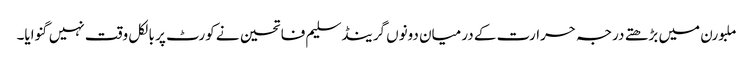
ملبورن میں بڑھتے درجہ حرارت کے درمیان دونوں گرینڈسلیم فاتحین نے کورٹ پر بالکل وقت نہیں گنوایا۔